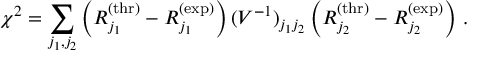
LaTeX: \chi ^ { 2 } = \sum _ { j _ { 1 } , j _ { 2 } } \left( R _ { j _ { 1 } } ^ { \mathrm { ( t h r ) } } - R _ { j _ { 1 } } ^ { \mathrm { ( e x p ) } } \right) ( V ^ { - 1 } ) _ { j _ { 1 } j _ { 2 } } \left( R _ { j _ { 2 } } ^ { \mathrm { ( t h r ) } } - R _ { j _ { 2 } } ^ { \mathrm { ( e x p ) } } \right) \, .